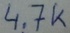
Text: 4,7K